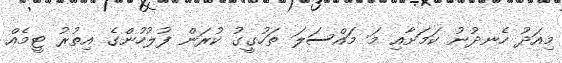
މިއަދު ހެނދުނު ކަމަށާއި މަ މައްސަލަ ތަހުގީގު ކުރަން ފުލުހުންގެ އިތުރު ޓީމެއް